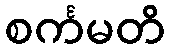
စင်္ကမတိ